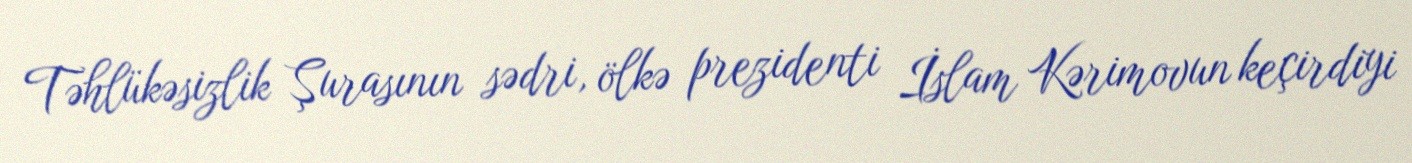
Təhlükəsizlik Şurasının sədri, ölkə prezidenti İslam Kərimovun keçirdiyi